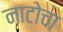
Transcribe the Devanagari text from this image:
नाटोचा